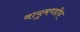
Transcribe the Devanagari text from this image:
वायुमण्डीय